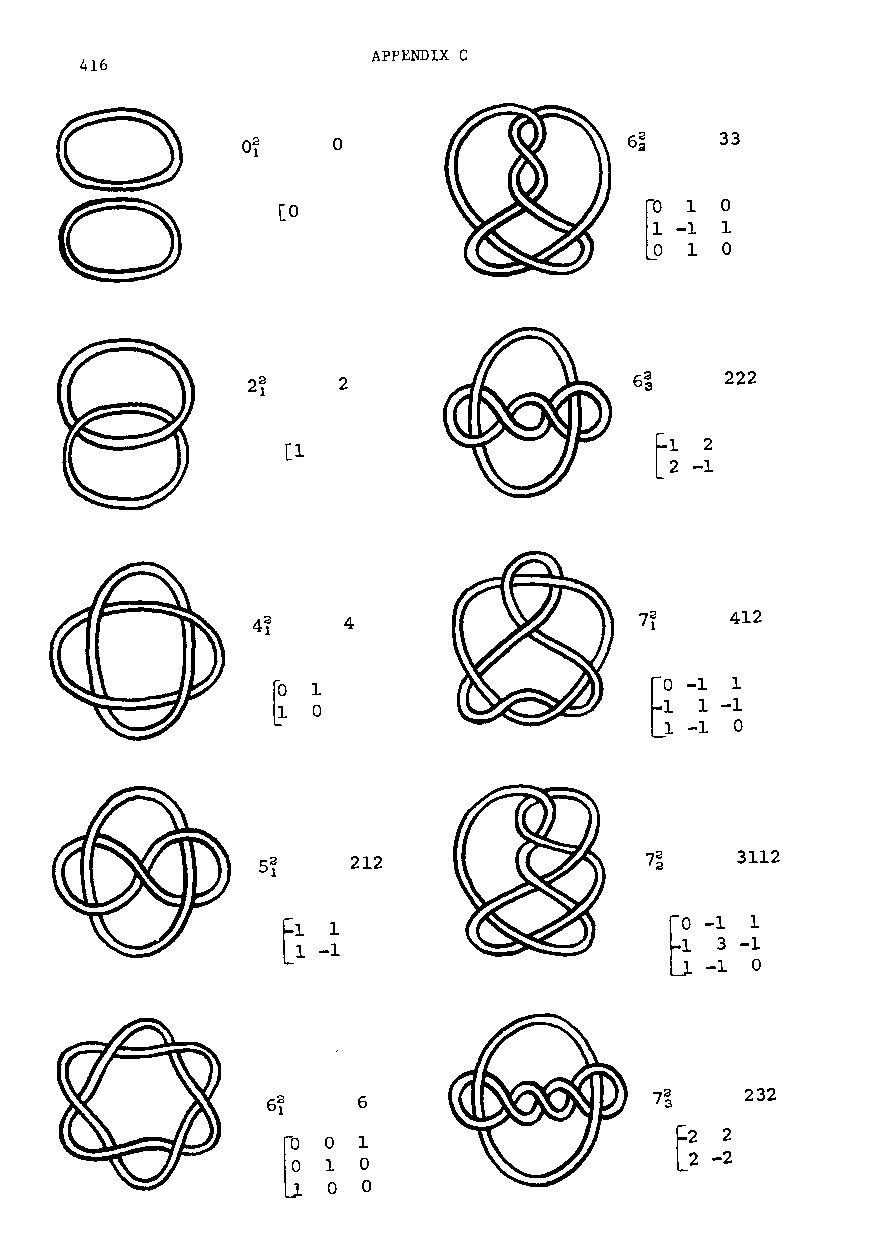
APPENDIX C
 416
 o                  6~    33
 [0                           o
 1
 o
 2                        222
 [1
 4                        412
 1
 o
 212                       3112
 6                   7~    232